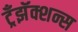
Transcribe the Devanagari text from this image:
ट्रँझॅक्शन्स